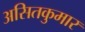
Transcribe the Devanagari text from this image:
असितकुमार